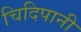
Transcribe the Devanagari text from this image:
चिदिपानी